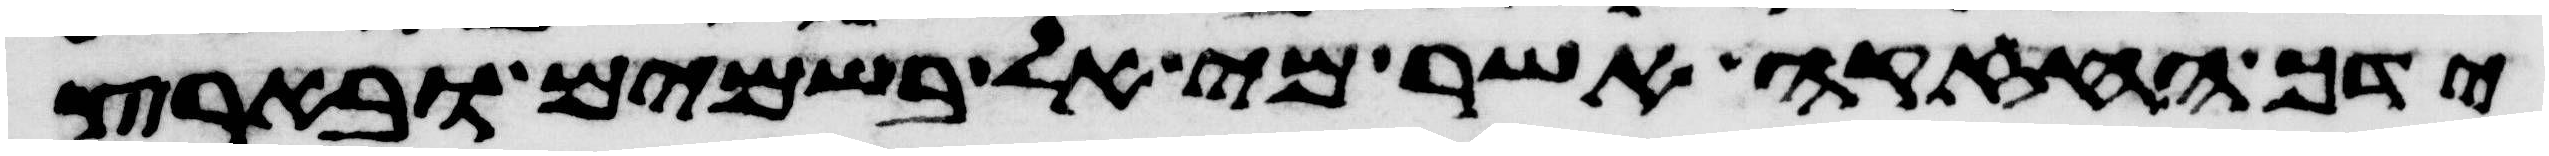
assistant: ידך החזקה אשר מי אל בשמים ובארץ